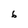
Character: 6